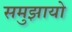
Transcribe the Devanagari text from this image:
समुझायो